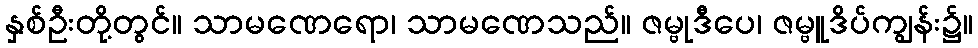
နှစ်ဦးတို့တွင်။ သာမဏေရော၊ သာမဏေသည်။ ဇမ္ဗုဒီပေ၊ ဇမ္ဗူဒိပ်ကျွန်း၌။